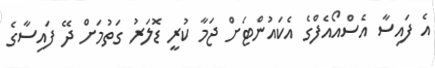
އެ ފައިސާ އެސްއޯއެފްގެ އެކައުންޓަށް ޖަމާ ކުރީ ޑޮލަރު ގަތުމަށް ދޭ ފައިސާގެ